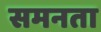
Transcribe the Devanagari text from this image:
समनता